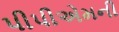
પીપીએમની